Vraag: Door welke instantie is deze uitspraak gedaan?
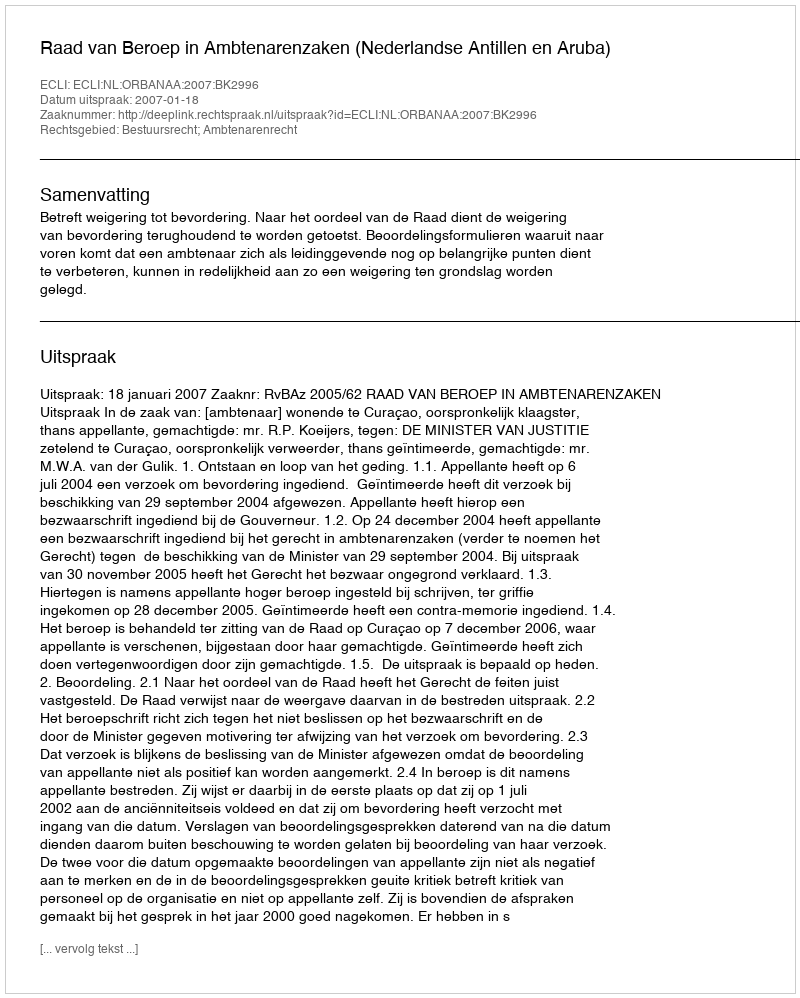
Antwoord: Raad van Beroep in Ambtenarenzaken (Nederlandse Antillen en Aruba)